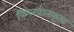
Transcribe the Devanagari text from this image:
किलवानकुल